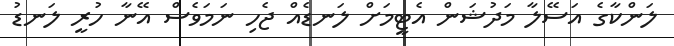
ލަންކާގެ އަސޭލާ މަދުޝަން އެޓީމަށް ލަނޑެއް ޖެހި ނަމަވެސް އޭނާ ހުރީ ލަނޑު